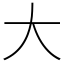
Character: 大